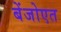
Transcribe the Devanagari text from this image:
बेंजोएत